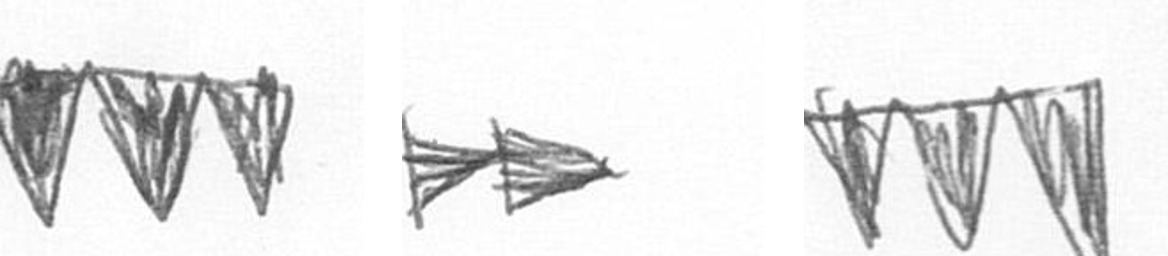
L A L